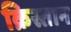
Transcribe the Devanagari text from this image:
क्रिस्तान